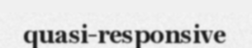
quasi-responsive